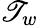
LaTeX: \mathscr{T}_{w}